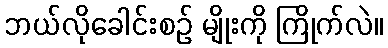
ဘယ်လိုခေါင်းစဉ် မျိုးကို ကြိုက်လဲ။